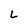
Character: L